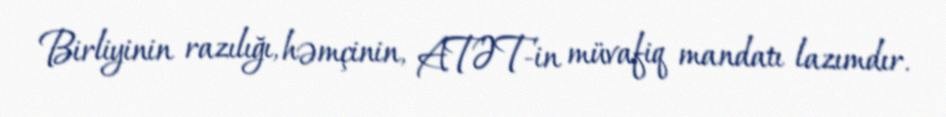
Birliyinin razılığı, həmçinin, ATƏT-in müvafiq mandatı lazımdır.